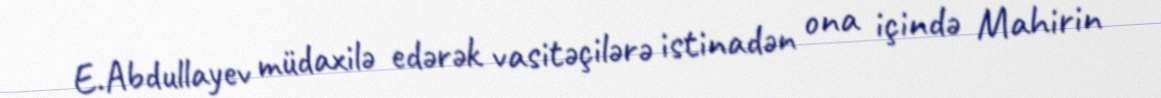
E.Abdullayev müdaxilə edərək vasitəçilərə istinadən ona içində Mahirin